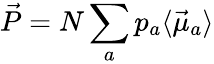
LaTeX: \vec{P}=N\sum_{a}p_{a}\langle\vec{\mu}_{a}\rangle